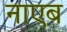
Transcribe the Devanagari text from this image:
नाएब